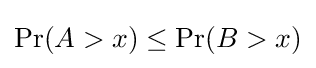
\Pr(A>x)\leq \Pr(B>x)